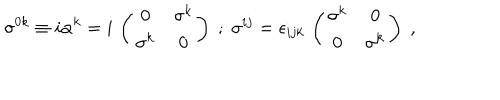
\sigma ^ { 0 k } \equiv i \alpha ^ { k } = i \, \left( \begin{array} { c c } { { 0 } } & { { \sigma ^ { k } } } \\ { { \sigma ^ { k } } } & { { 0 } } \\ \end{array} \right) \; ; \; \sigma ^ { i j } = \epsilon _ { i j k } \, \left( \begin{array} { c c } { { \sigma ^ { k } } } & { { 0 } } \\ { { 0 } } & { { \sigma ^ { k } } } \\ \end{array} \right) \; ,